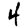
Digit: 4